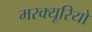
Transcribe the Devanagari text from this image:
मरक्यूरियो